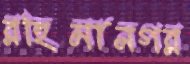
রহিমানগর